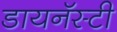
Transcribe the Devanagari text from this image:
डायनॅस्टी